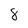
Character: 8